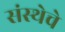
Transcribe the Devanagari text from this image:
संस्‍थेचे